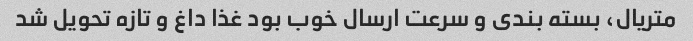
متریال، بسته بندی و سرعت ارسال خوب بود غذا داغ و تازه تحویل شد